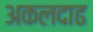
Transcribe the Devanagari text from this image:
अकलदाढ